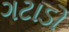
ગટાડો